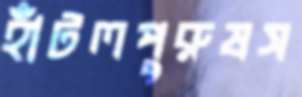
হাঁটলপুরুষস